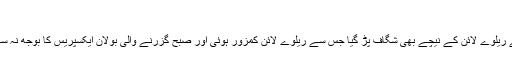
(خبر جاری ہے)
فرخ تیمور کے مطابق دادو کینال کا بند ٹوٹنے سے ریلوے لائن کے نیچے بھی شگاف پڑ گیا جس سے ریلوے لائن کمزور ہوئی اور صبح گزرنے والی بولان ایکسپریس کا بوجھ نہ سہار سکی اور اس کی6 بوگیاں پٹری سے اتر گئیں ۔